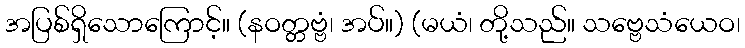
အပြစ်ရှိသောကြောင့်။ (နဝတ္တဗ္ဗံ၊ အပ်။) (မယံ၊ တို့သည်။ သဗ္ဗေသံယေဝ၊